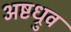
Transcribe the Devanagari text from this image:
अष्टध्रुव